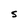
Character: S